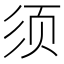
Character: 须